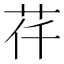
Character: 𦭛